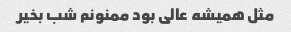
مثل همیشه عالی بود ممنونم شب بخیر